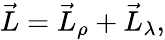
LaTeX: {\vec{L}}={\vec{L}}_{\rho}+{\vec{L}}_{\lambda},